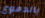
بالدموع